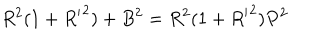
R ^ { 2 } ( 1 + { R ^ { \prime } } ^ { 2 } ) + B ^ { 2 } = R ^ { 2 } ( 1 + { R ^ { \prime } } ^ { 2 } ) P ^ { 2 }